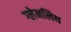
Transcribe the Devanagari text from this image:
ग्लेनलिथ